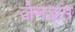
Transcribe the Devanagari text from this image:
जेनड्स